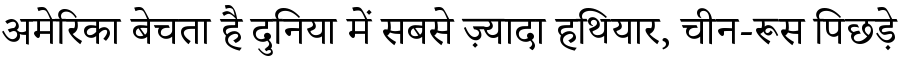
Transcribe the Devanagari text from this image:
अमेरिका बेचता है दुनिया में सबसे ज़्यादा हथियार, चीन-रूस पिछड़े